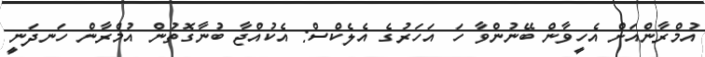
އުމްރާންއަށް އެހީވާން ބޭނުންވާ ހަ އަހަރުގެ އެލެކްސް: އެކުއްޖާ ބުނާގޮތުން އުމްރާން ހަނދަނީ